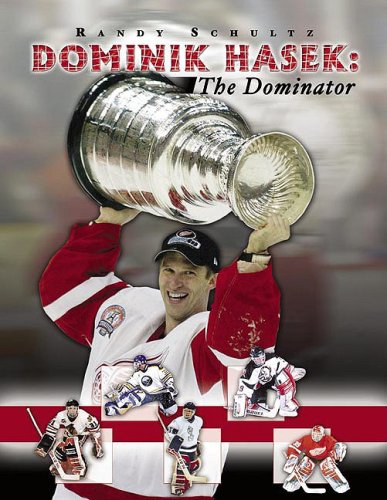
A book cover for Dominik Hasek: The Dominator (Superstar Hockey Series, 4); Teen & Young Adult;